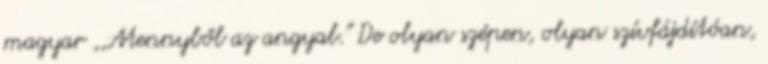
magyar ,,Mennyből az angyal." De olyan szépen, olyan szívfájdítóan,